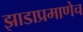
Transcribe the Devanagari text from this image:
झाडाप्रमाणेच